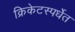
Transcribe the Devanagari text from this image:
क्रिकेटस्पर्धेत